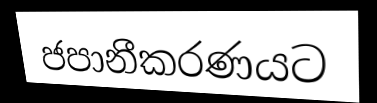
ජපානීකරණයට